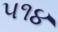
૫૧૪